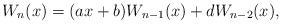
\begin{align*}W_n(x)=(ax+b)W_{n-1}(x)+dW_{n-2}(x),\end{align*}